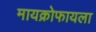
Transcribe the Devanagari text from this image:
मायक्रोफायला